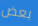
بعض